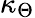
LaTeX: \kappa_{\Theta}